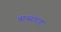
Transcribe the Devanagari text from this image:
बान्सवाडा